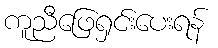
ကူညီဖြေရှင်းပေးရန်